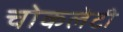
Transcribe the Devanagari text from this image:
चोकलेटी